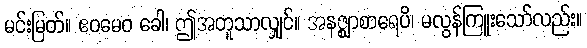
မင်းမြတ်။ ဧဝမေဝ ခေါ၊ ဤအတူသာလျှင်။ အနဇ္ဈာစာရေပိ၊ မလွန်ကြူးသော်လည်း။